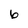
Character: 6